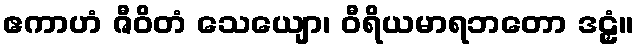
ဧကာဟံ ဇီဝိတံ သေယျော၊ ဝီရိယမာရဘတော ဒဠှံ။